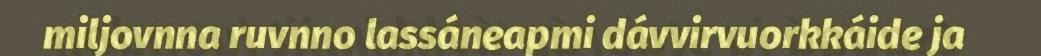
miljovnna ruvnno lassáneapmi dávvirvuorkkáide ja